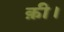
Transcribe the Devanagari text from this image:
क़ी।